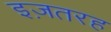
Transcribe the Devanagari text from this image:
इज़तरह